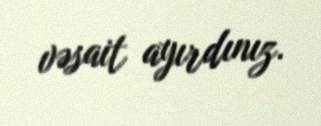
vəsait ayırdınız.